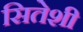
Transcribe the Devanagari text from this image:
सितेशी